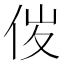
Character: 𠈦